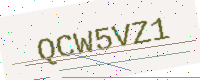
Text: QCW5VZ1